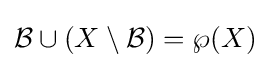
{\mathcal {B}}\cup (X\setminus {\mathcal {B}})=\wp (X)